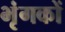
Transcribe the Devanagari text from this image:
भृंगकों